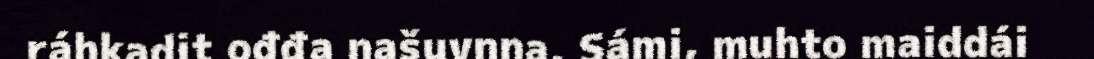
ráhkadit ođđa našuvnna, Sámi, muhto maiddái